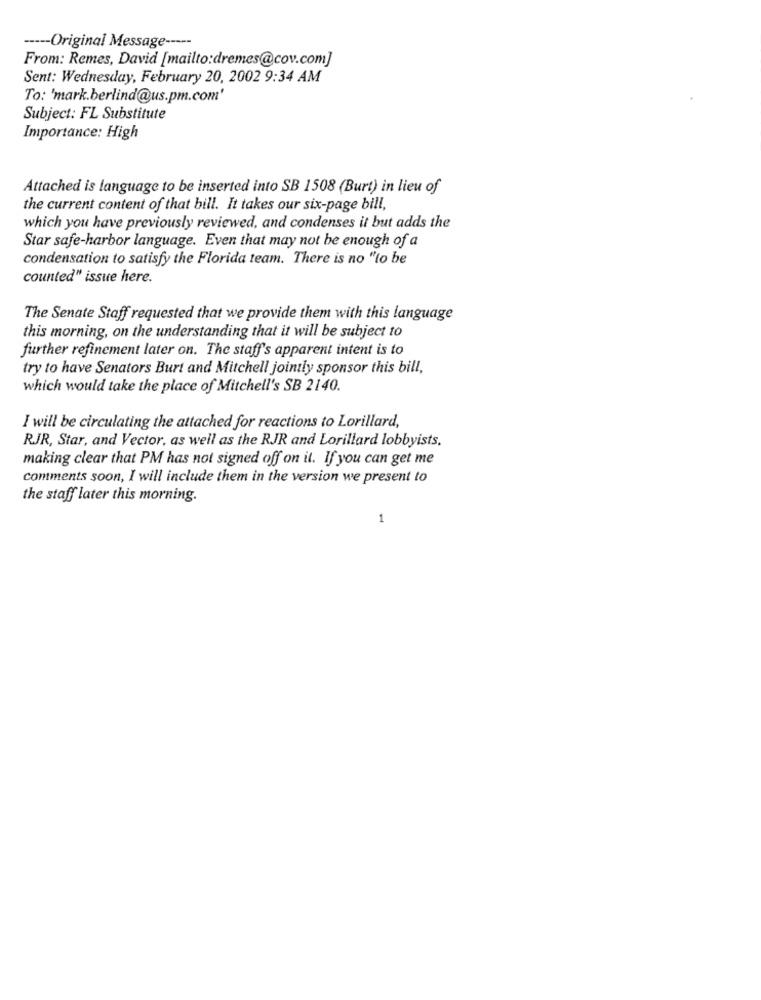
----- Original Message -----
From: Remes, David [mailto:dremes@cov.com]
Sent: Wednesday, February 20, 2002 9:34 AM
To: 'mark.berlind@us.pm.com'
Subject: FL Substitute
Importance: High
Attached is language to be inserted into SB 1508 (Burt) in lieu of
the current content of that bill. It takes our six-page bill,
which you have previously reviewed, and condenses it but adds the
Star safe-harbor language. Even that may not be enough of a
condensation to satisfy the Florida team. There is no "to be
counted" issue here.
The Senate Staff requested that we provide them with this language
this morning, on the understanding that it will be subject to
further refinement later on. The staff's apparent intent is to
try to have Senators Burt and Mitchell jointly sponsor this bill,
which would take the place of Mitchell's SB 2140.
I will be circulating the attached for reactions to Lorillard,
RJR, Star, and Vector, as well as the RJR and Lorillard lobbyists.
making clear that PM has not signed off on it. If you can get me
comments soon, I will include them in the version we present to
the staff later this morning.
1